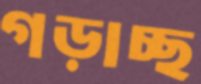
গড়াচ্ছ